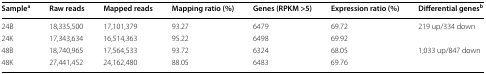
<table><thead><tr><td><b>Sample<sup>a</sup></b></td><td><b>Raw reads</b></td><td><b>Mapped reads</b></td><td><b>Mapping ratio (%)</b></td><td><b>Genes (RPKM &gt;5)</b></td><td><b>Expression ratio (%)</b></td><td><b>Differential genes<sup>b</sup></b></td></tr></thead><tbody><tr><td>24B</td><td>18,335,500</td><td>17,101,379</td><td>93.27</td><td>6479</td><td>69.72</td><td rowspan="2">219 up/334 down</td></tr><tr><td>24K</td><td>17,343,634</td><td>16,514,363</td><td>95.22</td><td>6498</td><td>69.92</td></tr><tr><td>48B</td><td>18,740,965</td><td>17,564,533</td><td>93.72</td><td>6324</td><td>68.05</td><td rowspan="2">1,033 up/847 down</td></tr><tr><td>48K</td><td>27,441,452</td><td>24,162,480</td><td>88.05</td><td>6483</td><td>69.76</td></tr></tbody></table>